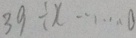
3 9 \div x \cdots 0